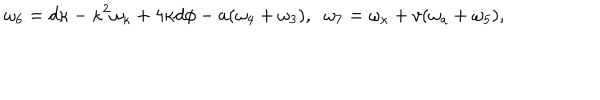
\omega _ { 6 } = d \kappa - \kappa ^ { 2 } \omega _ { \kappa } + 4 \kappa d \phi - a ( \omega _ { 4 } + \omega _ { 3 } ) , \; \; \omega _ { 7 } = \omega _ { \kappa } + v ( \omega _ { a } + \omega _ { 5 } ) ,